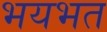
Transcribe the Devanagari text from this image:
भयभत